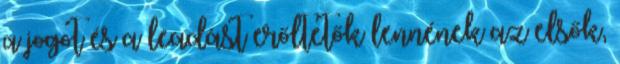
a jogot és a leadást erőltetők lennének az elsők,